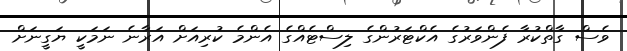
ވެސް ގާތްކުރާ ފެންވަރުގެ އެކްޓަރުންގެ ލިސްޓެއްގެ އެންމެ ކުރިއަށް އަރާނެ ނަމަކީ ޔަގީނަށް